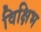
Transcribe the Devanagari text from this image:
विक्षिभ